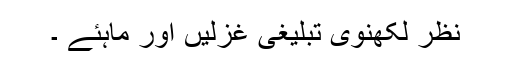
نظرؔ لکھنوی تبلیغی غزلیں اور ماہئے ۔